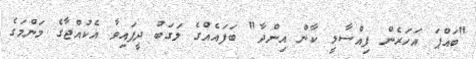
"ބައްޕަ އަހަރެން ފިއްސާލީ ކާން އިންދާ" ބަފައެއްގެ ލަގަބު ދީފައިވާ އެކުއްޖާގެ މަންމަގެ